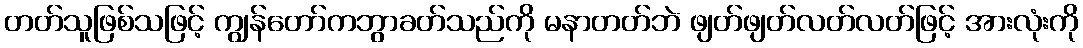
တတ်သူဖြစ်သဖြင့် ကျွန်တော်ကဘွာခတ်သည်ကို မနာတတ်ဘဲ ဖျတ်ဖျတ်လတ်လတ်ဖြင့် အားလုံးကို